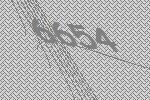
6654